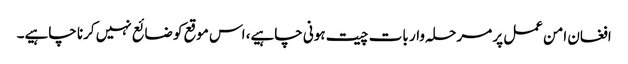
افغان امن عمل پر مرحلہ وار بات چیت ہونی چاہیے، اس موقع کو ضائع نہیں کرنا چاہیے۔